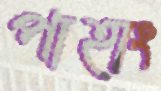
পাহাং